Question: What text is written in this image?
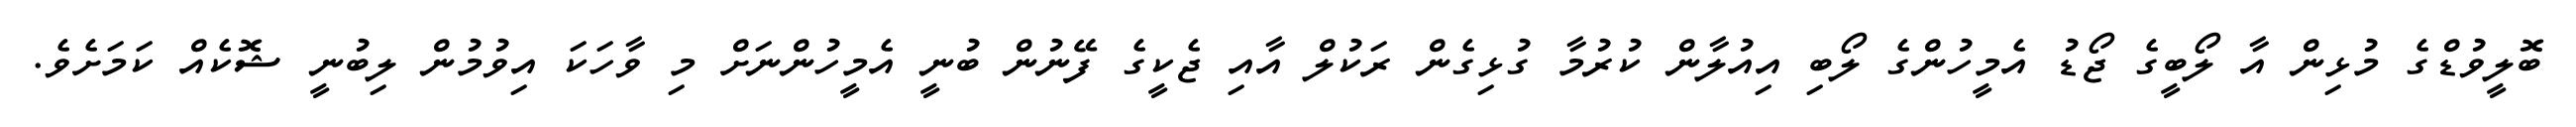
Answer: ބޮލީވުޑްގެ މުޅިން އާ ލޯބީގެ ޖޯޑު އެމީހުންގެ ލޯބި އިއުލާން ކުރުމާ ގުޅިގެން ރަކުލް އާއި ޖެކީގެ ފޭނުން ބުނީ އެމީހުންނަށް މި ވާހަކަ އިވުމުން ލިބުނީ ޝޮކެއް ކަމަށެވެ.